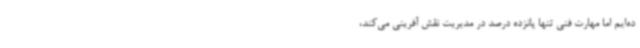
ده‌ایم اما ‌مهارت فنی تنها پانزده درصد در مدیریت نقش آفرینی می‌کند،